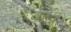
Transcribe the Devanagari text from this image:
वरेंद्र